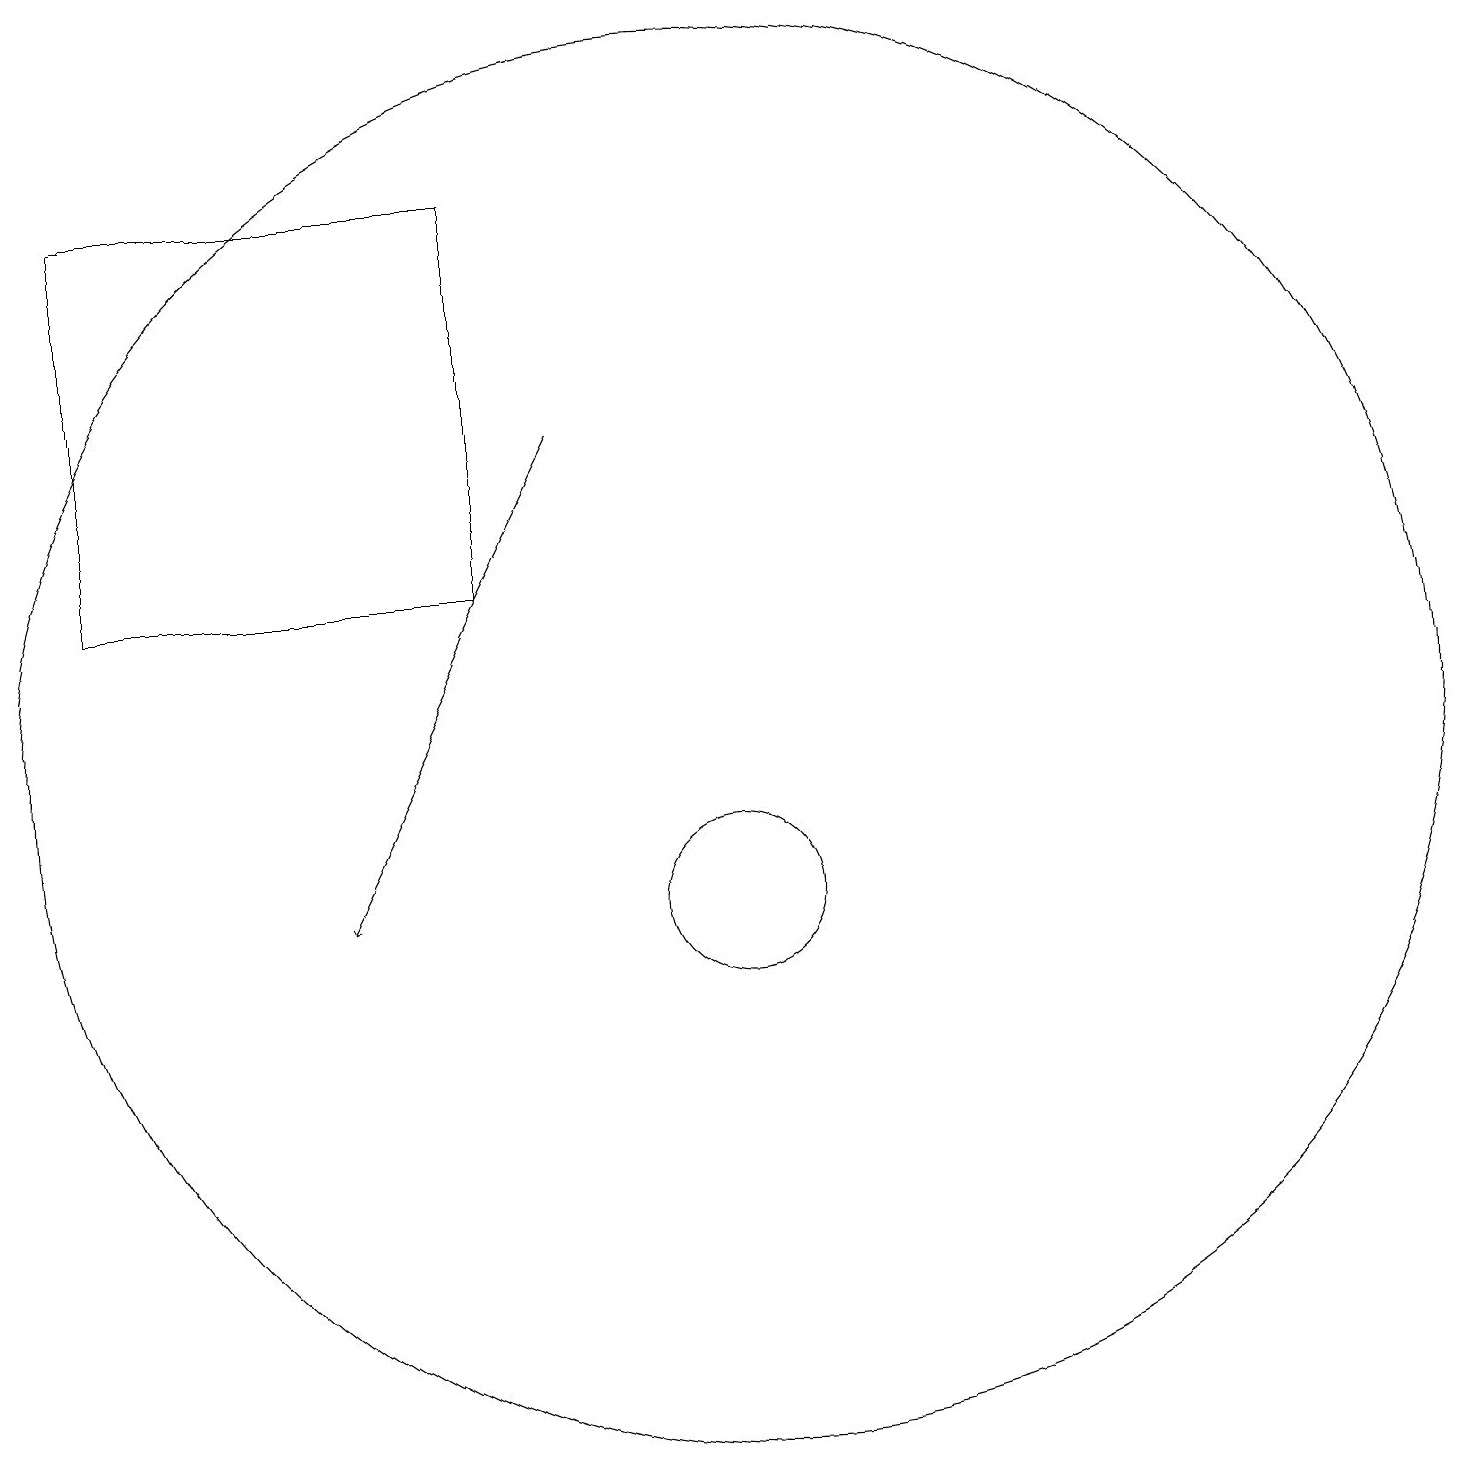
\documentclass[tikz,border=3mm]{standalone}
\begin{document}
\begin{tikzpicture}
\draw (7,19) rectangle (2,14);
\draw (10,12) circle (9);
\draw[->] (8,16) -- (5,10);
\draw (10,10) circle (1);
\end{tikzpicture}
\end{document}